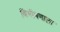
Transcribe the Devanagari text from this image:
बिभीषणाला